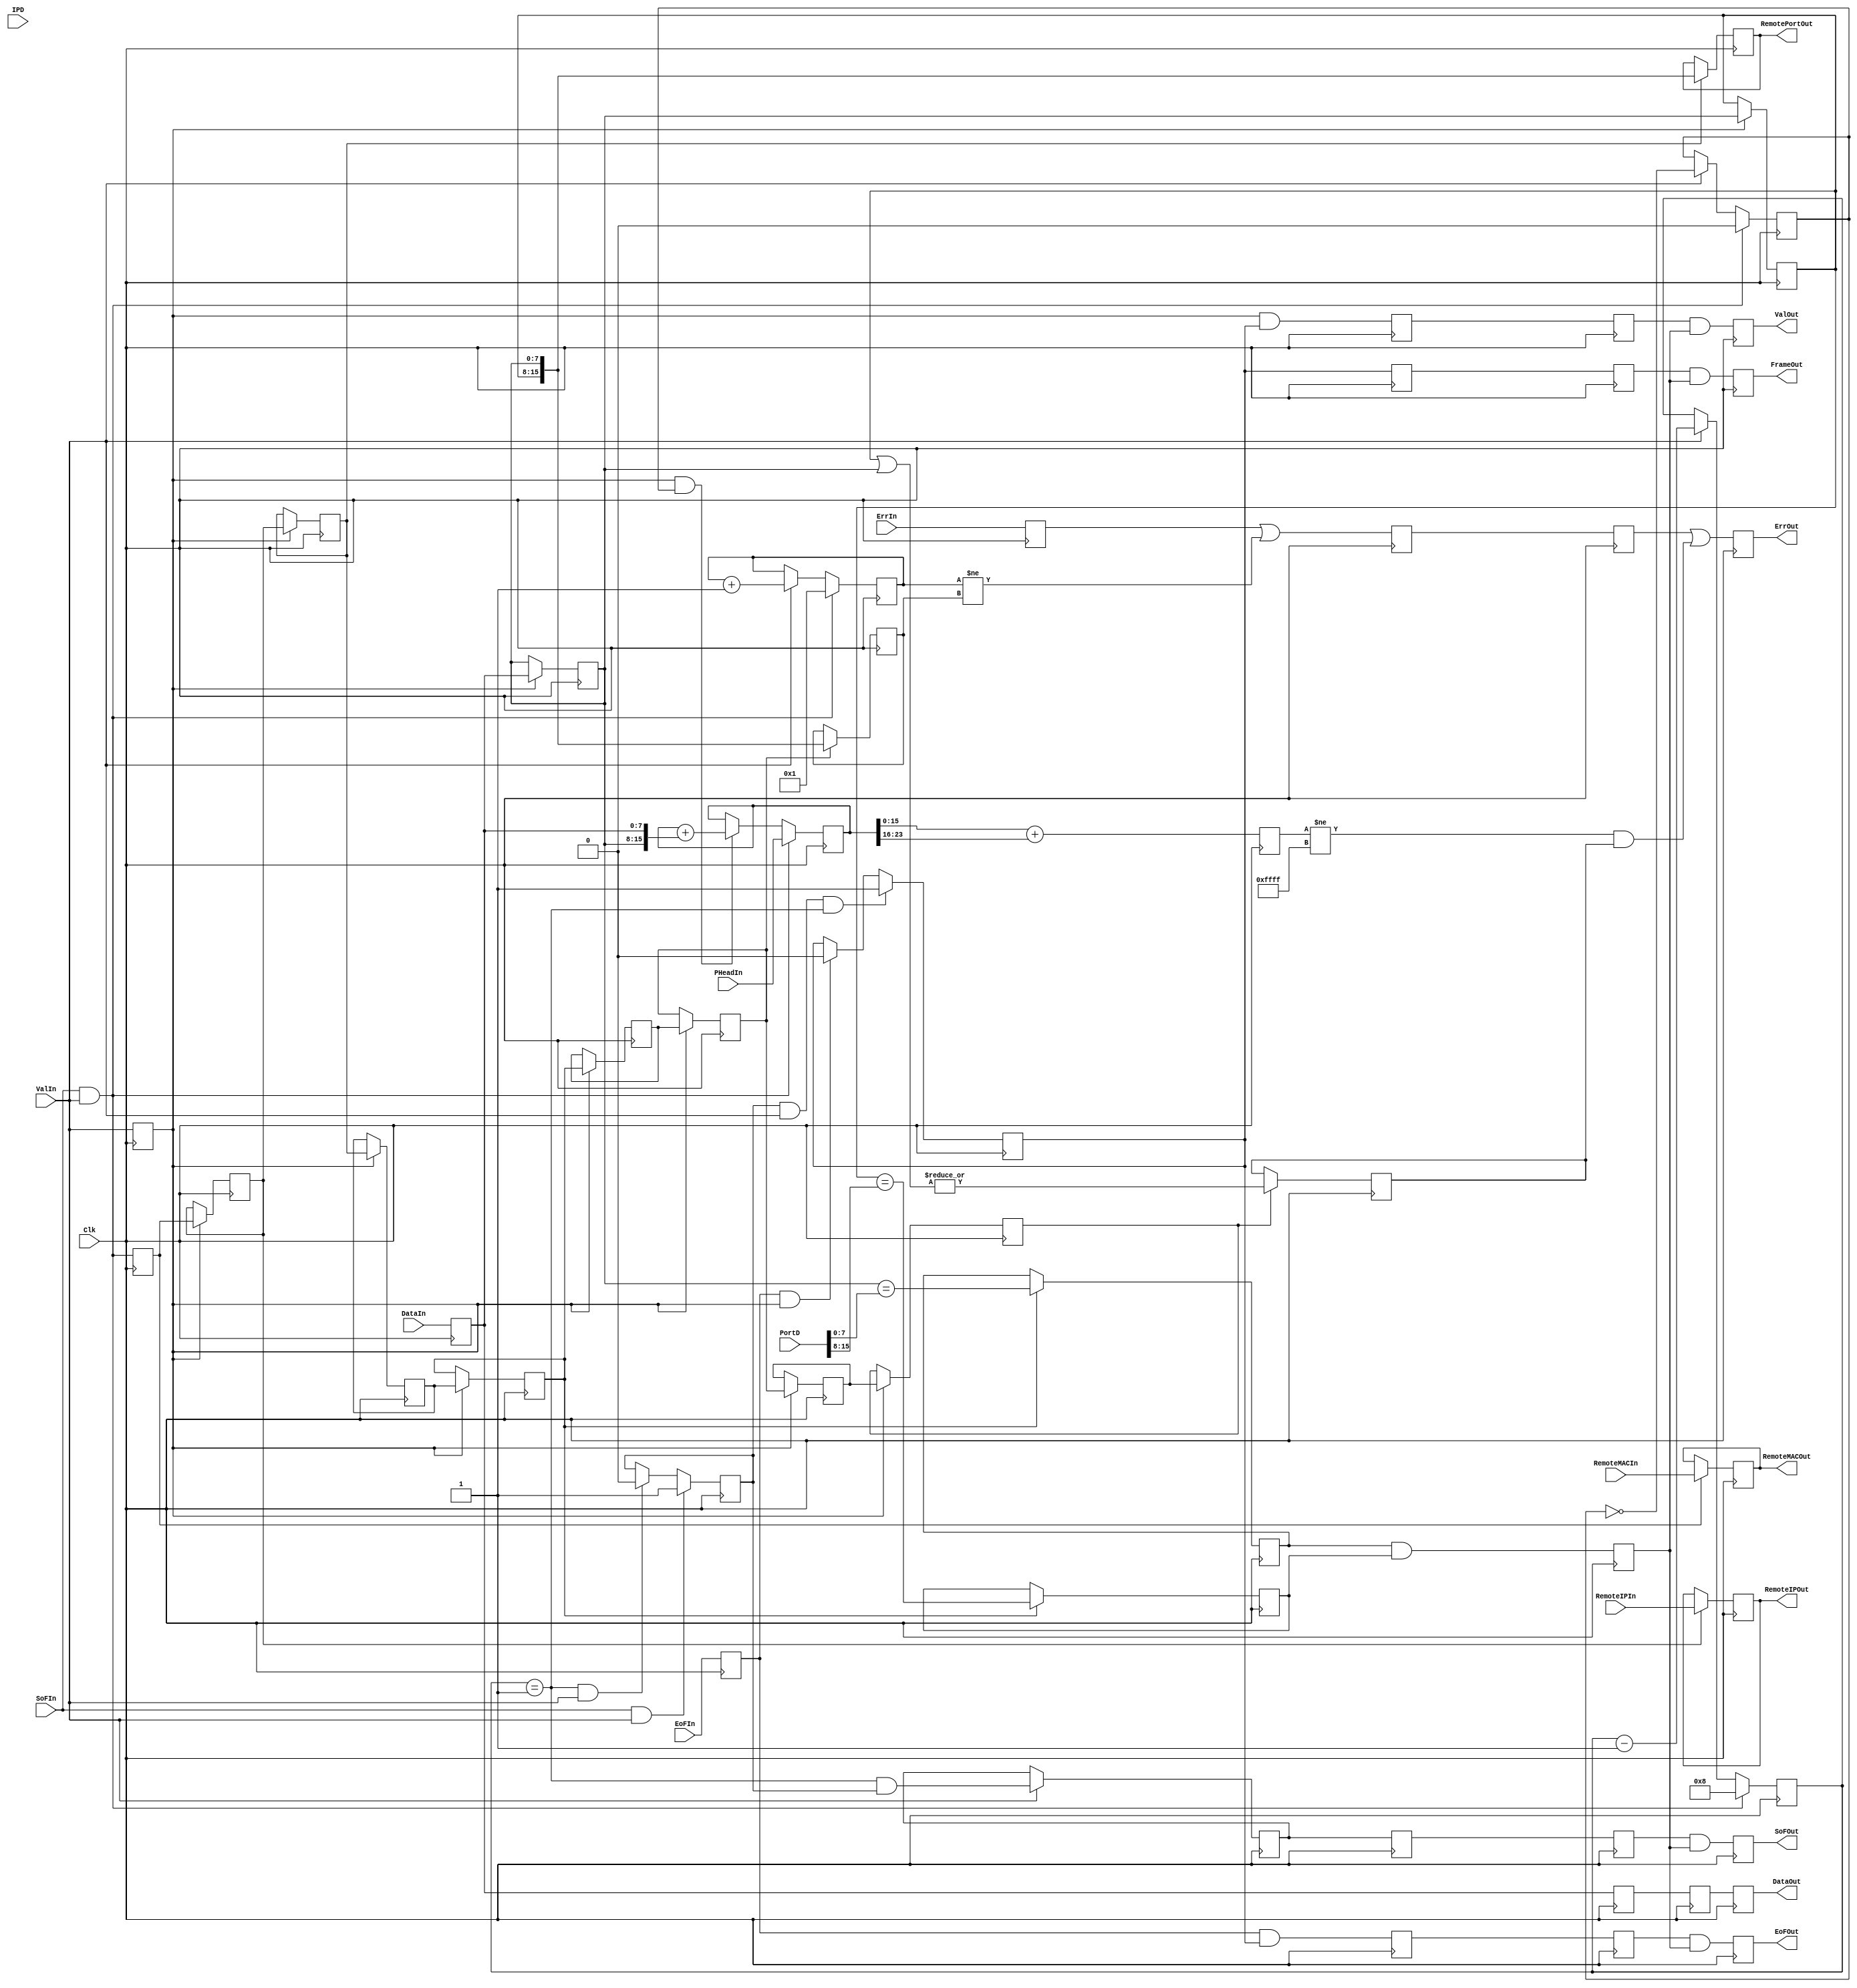
module FrameL4
(
	input	Clk,
	input	SoFIn,
	input	EoFIn,
	input	ValIn,
	input	ErrIn,
	input	[7 :0]DataIn,
	input [23:0]PHeadIn,
	input	[15:0]PortD ,
	input	[31:0]IPD ,
	input	[31:0]RemoteIPIn ,
	input	[47:0]RemoteMACIn ,

	output SoFOut,
	output EoFOut,
	output ValOut,
	output ErrOut,
	output reg FrameOut = 0,
	output [7:0]DataOut,
	output reg [47:0] RemoteMACOut = 0,
	output reg [31:0] RemoteIPOut = 0,
	output reg [15:0] RemotePortOut = 0



);


reg [5:0 ]HeadCounter=1'b0;
reg [15:0]PackCounter=1'b0;
reg [15:0]FrameSize=1'b0;

reg [7:0]DataReg = 0;
reg ValReg = 0;
reg EoFReg = 0;
reg ErrReg = 0;

reg [7:0]DataRegD0 = 0;
reg ValRegD0 = 0;
reg EoFRegD0 = 0;
reg ErrRegD0 = 0;
reg SoFRegD0 = 0;
reg PackStateD0 = 0;

reg [7:0]DataRegD1 = 0;
reg ValRegD1 = 0;
reg EoFRegD1 = 0;
reg ErrRegD1 = 0;
reg SoFRegD1 = 0;
reg PackStateD1 = 0;

reg HeaderState=1'b0;
reg PackState=1'b0;
reg WordCnt=1'b0;

reg PortValid0 = 0;
reg PortValid1 = 0;
reg PortValid = 0;



always @(posedge Clk)
begin


if (SoFIn&&ValIn) WordCnt<=1'b0;
	else if (ValIn) WordCnt<=!WordCnt;


if (SoFIn&&ValIn) HeadCounter<=(6'b001000);
	else if (ValIn) HeadCounter<= HeadCounter-1'b1;

if (SoFIn&&ValIn) PackCounter<=1'b1;
	else if (ValIn) PackCounter<= PackCounter+1'b1;

DataReg<=DataIn;
ValReg <=ValIn;
EoFReg <=EoFIn;
ErrReg <=ErrIn;



if (SoFIn&ValIn)	HeaderState<=1'b1;
	else if ((HeadCounter==4'h1)&&ValIn) HeaderState<=1'b0;


if (HeaderState&&ValIn&&(HeadCounter==4'h1))	PackState<=1'b1;
	else if (EoFReg&&ValReg) PackState<=1'b0;

/*



*/

end



reg Sync = 0;
reg Sync0 = 0;
reg Sync1 = 0;
reg Sync2 = 0;
reg Sync3 = 0;
reg Sync4 = 0;
reg Sync5 = 0;
reg Sync6 = 0;
reg Sync7 = 0;
reg Sync8 = 0;
reg Sync9 = 0;
reg Sync10 = 0;
reg Sync11 = 0;
reg Sync12 = 0;
reg Sync13 = 0;
reg Sync14 = 0;
reg Sync15 = 0;
reg Sync16 = 0;
//reg Sync17 = 0;



reg [7:0] DataReg0 = 0;
reg [7:0] DataReg1 = 0;
reg [7:0] DataReg2 = 0;

//reg [7:0] DataReg4 = 0;


reg  CheckSumEna = 0;


reg [23:0]CheckCounter=1'b0;
reg [15:0] CheckSum=1'b0;
//reg CheckSumFlag=1'b0;


always @(posedge Clk)
begin
if (SoFIn&&ValIn) CheckCounter<=PHeadIn;
	else if (ValReg&&WordCnt) CheckCounter<=CheckCounter+{DataReg0,DataReg};
CheckSum<=CheckCounter[15:0]+CheckCounter[23:16];

// CheckSumFlag<=(CheckSum[15:0]==16'hFFFF);

if (ValReg) DataReg0<=DataReg;
if (ValReg) DataReg1<=DataReg0;
if (ValReg) DataReg2<=DataReg1;

//if (ValReg) DataReg4<=DataReg3;

Sync<=SoFIn&&ValIn;

if (Sync) RemoteMACOut<=RemoteMACIn;

if (ValReg) Sync0<=Sync ;
if (ValReg) Sync1<=Sync0;
if (ValReg) Sync2<=Sync1;
if (ValReg) Sync3<=Sync2;
if (ValReg) Sync4<=Sync3;
if (ValReg) Sync5<=Sync4;
if (ValReg) Sync6<=Sync5;
if (ValReg) Sync7<=Sync6;
if (ValReg) Sync8<=Sync7;
if (ValReg) Sync9<=Sync8;
if (ValReg) Sync10<=Sync9;
if (ValReg) Sync11<=Sync10;
if (ValReg) Sync12<=Sync11;
if (ValReg) Sync13<=Sync12;
if (ValReg) Sync14<=Sync13;
if (ValReg) Sync15<=Sync14;

if (ValReg) Sync16<=Sync15;
//if (ValReg) Sync17<=Sync16;


if (Sync5) FrameSize <= {DataReg1,DataReg0};
if (Sync1) RemotePortOut<= {DataReg1,DataReg0};
if (Sync0) RemoteIPOut  <= RemoteIPIn;
if (Sync3) PortValid0<=(DataReg0==PortD[ 7: 0]);
if (Sync3) PortValid1<=(DataReg1==PortD[15: 8]);

if (Sync7)  CheckSumEna<=|(DataReg1|DataReg0);


PortValid<=PortValid0&&PortValid1;
//IPValid<=1'b1;



end

reg SoFOutReg = 0;
reg EoFOutReg = 0;
reg ValOutReg = 0;
reg ErrOutReg = 0;
reg [7:0]DataOutReg = 0;
reg SoFPulse = 0;

always @(posedge Clk)
begin
if (ValIn) SoFPulse<= ((HeadCounter==1'b1)&&HeaderState);

SoFRegD0 <=SoFPulse;
DataRegD0<=DataReg;
ValRegD0 <=ValReg&&PackState;
EoFRegD0 <=EoFReg&&PackState;
ErrRegD0 <=ErrReg||(PackCounter!=FrameSize);//||(!CheckSumFlag);
PackStateD0 <=PackState;


SoFRegD1 <=SoFRegD0;
DataRegD1<=DataRegD0;
ValRegD1 <=ValRegD0;
EoFRegD1 <=EoFRegD0;
ErrRegD1 <=ErrRegD0;
PackStateD1 <=PackStateD0;



SoFOutReg <= SoFRegD1&&PortValid;
ValOutReg <= ValRegD1&&PortValid;
DataOutReg<= DataRegD1;
EoFOutReg <= EoFRegD1&&PortValid;
ErrOutReg <= ErrRegD1||((CheckSum[15:0]!=16'hFFFF)&&CheckSumEna);
FrameOut  <= PackStateD1&&PortValid;
end

assign DataOut= DataOutReg;
assign ValOut = ValOutReg;
assign EoFOut = EoFOutReg;
assign SoFOut = SoFOutReg;
assign ErrOut = ErrOutReg;



endmodule